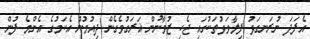
އެފަދަ ނުރަނގަޅު ފިލާވަޅުތަކުގައި ޖެހި ޒުވާނުން ޣަރަގުވެގެން ދިއުމުން އެކަމުގެ އެންމެ ފުން